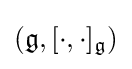
({\mathfrak {g}},[\cdot ,\cdot ]_{\mathfrak {g}})